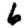
Digit: 6